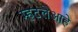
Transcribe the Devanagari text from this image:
म्हटलेआहे